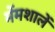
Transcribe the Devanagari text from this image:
मेंमशालें